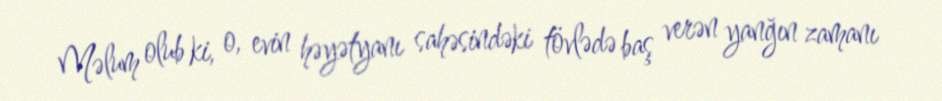
Məlum olub ki, o, evin həyətyanı sahəsindəki tövlədə baş verən yanğın zamanı